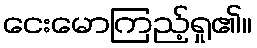
ငေးမောကြည့်ရှု၏။